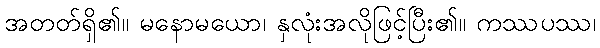
အတတ်ရှိ၏။ မနောမယော၊ နှလုံးအလိုဖြင့်ပြီး၏။ ကဿပဿ၊